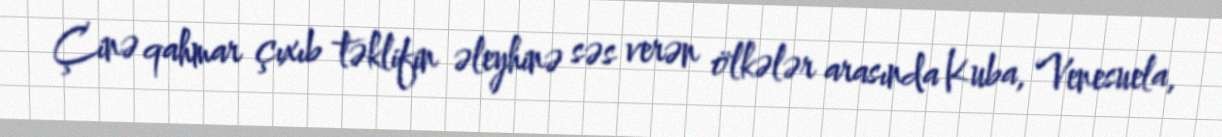
Çinə qahmar çıxıb təklifin əleyhinə səs verən ölkələr arasında Kuba, Venesuela,